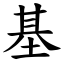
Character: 基